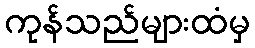
ကုန်သည်များထံမှ